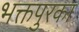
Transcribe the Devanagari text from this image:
भक्तपुरका